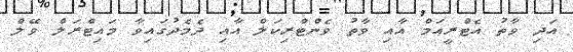
އަދި ވާތު އެޓްރީއަމް އާއި ވާތު ވެންޓްރިކަލް އާއި ދެމެދުގައިވާ މައިޓްރަލް ވޭލް